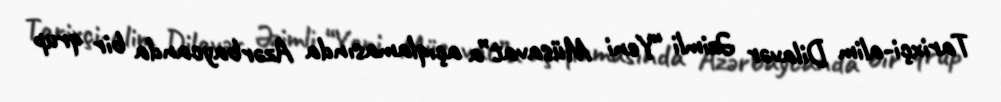
Tarixçi-alim Dilavər Əzimli “Yeni Müsavat”a açıqlamasında Azərbaycanda bir qrup